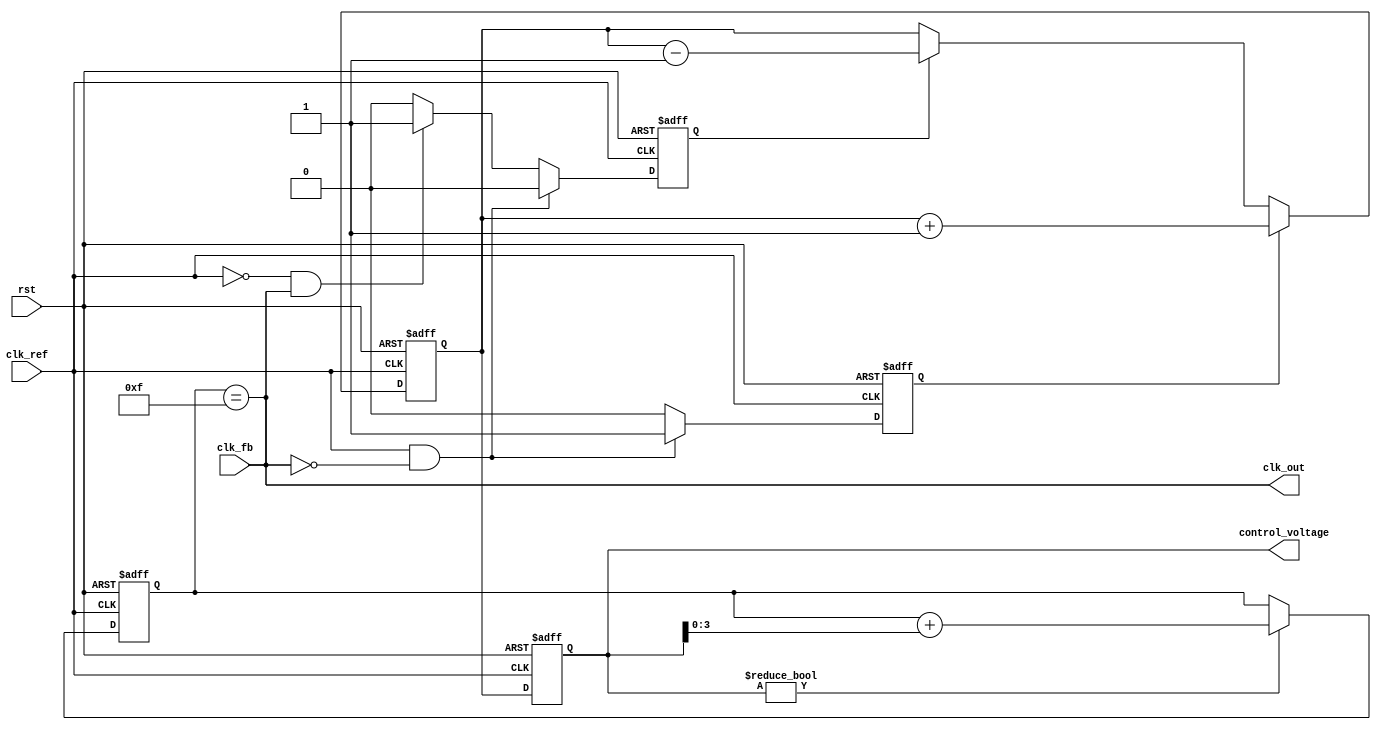
module cp_pll (
    input wire clk_ref,        // Reference clock input
    input wire clk_fb,         // Feedback clock input from VCO
    input wire rst,            // Reset signal
    output wire clk_out,       // Output clock from VCO
    output wire [7:0] control_voltage // Control voltage for VCO (simplified)
);

// Internal signals
reg up, down;
wire [7:0] charge_pump_out;
wire vco_out;
wire [3:0] frequency_divider_out;

// Phase Frequency Detector (PFD)
always @(posedge clk_ref or posedge rst) begin
    if (rst) begin
        up <= 0;
        down <= 0;
    end else if (clk_ref && ~clk_fb) begin
        up <= 1;
        down <= 0;
    end else if (~clk_ref && clk_fb) begin
        up <= 0;
        down <= 1;
    end else begin
        up <= 0;
        down <= 0;
    end
end

// Charge Pump (CP)
always @(posedge clk_ref or posedge rst) begin
    if (rst) begin
        charge_pump_out <= 8'b0;
    end else begin
        if (up) begin
            charge_pump_out <= charge_pump_out + 1; // Increment the control voltage
        end else if (down) begin
            charge_pump_out <= charge_pump_out - 1; // Decrement the control voltage
        end
    end
end

// Loop Filter (LF) - Simple RC model (for illustration)
reg [7:0] loop_filter;
always @(posedge clk_ref or posedge rst) begin
    if (rst) begin
        loop_filter <= 8'b0;
    end else begin
        loop_filter <= charge_pump_out; // For simplicity, just passing through for now
    end
end

// Voltage-Controlled Oscillator (VCO)
reg [3:0] vco_counter;
assign clk_out = (vco_counter == 4'b1111); // Output based on a simple counter (for example)
always @(posedge clk_ref or posedge rst) begin
    if (rst) begin
        vco_counter <= 4'b0;
    end else if (loop_filter) begin // Simple VCO behavior
        vco_counter <= vco_counter + loop_filter[3:0];
    end
end

// Frequency Divider (simple divide by 2)
assign frequency_divider_out = vco_counter[1:0];
assign clk_fb = clk_out;

// Output Control Voltage
assign control_voltage = loop_filter;

endmodule